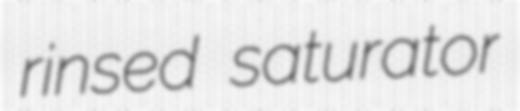
rinsed saturator